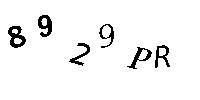
8929PR